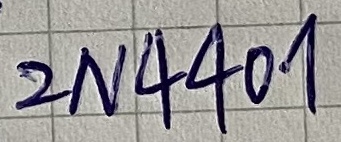
Text: 2N4401